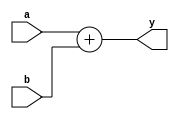
`timescale 1ns / 1ps
//////////////////////////////////////////////////////////////////////////////////
// Company: 
// Engineer: 
// 
// Design Name: 
// Module Name: adder
// Project Name: 
// Target Devices: 
// Tool Versions: 
// Description: 
// 
// Dependencies: 
// 
// Revision:
// Revision 0.01 - File Created
// Additional Comments:
// 
//////////////////////////////////////////////////////////////////////////////////


module adder(
    input [31:0] a,
    input [31:0] b,
    output [31:0] y
    );
    assign y = a + b;
endmodule